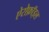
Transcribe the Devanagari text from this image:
ऐरोफ़ॉइल